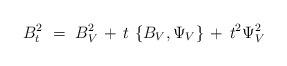
LaTeX: \begin{align*}B_t^2\ =\ B_V^2\,+\,t\,\left\{B_V,\Psi_V\right\}\,+\,t^2\Psi_V^2\end{align*}